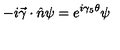
- i \vec { \gamma } \cdot \hat { n } \psi = e ^ { i \gamma _ { 5 } \theta } \psi